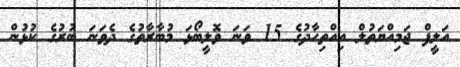
އަލީފް ޖަމިއްޔަތުލް އިއްތިހާދުގެ 15 ވަނަ ވޮލީބޯޅަ މުބާރާތުގެ ދެވަނަ ބުރުގެ ކުޅުން